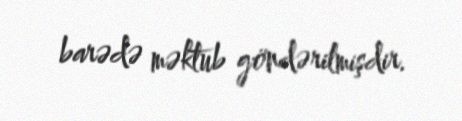
barədə məktub göndərilmişdir.